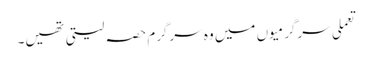
تعملی سرگرمیوں میں وہ سرگرم حصہ لیتی تھیں۔